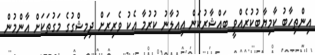
އިންތިހާބު ކާމިޔާބުކުރެއްވީ ބައްޝާރުކަން އިއުލާނު ކުރުމާ އެކު ވެރިރަށް ދިމިޝްގުގެ މަގުތަކަށް އާންމުން